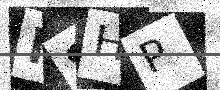
Text: N8HP